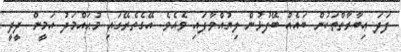
ފަދަ ޢިބާރާތްތަކުން ބައެއް ބޭފުޅުން ލިޔުއްވާފައި ވެއެވެ. އޭގެތެރޭގައި މުޙައްމަދު އަމީން ދީދީ